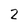
Character: 2